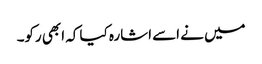
میں نے اسے اشارہ کیا کہ ابھی رکو۔